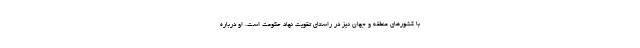
با کشورهای منطقه‌ و جهان نیز در راستای تقویت نهاد حکومت است. او درباره